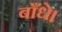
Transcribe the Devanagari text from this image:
बाँधे।